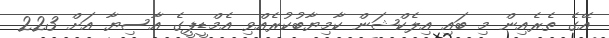
އޭގެ ތެރެއިން މި ބައި އިލެކްޝަން ކާމިޔާބުކުރެއްވި އެމްޑީޕީގެ އާސިޔާ އަށް 223